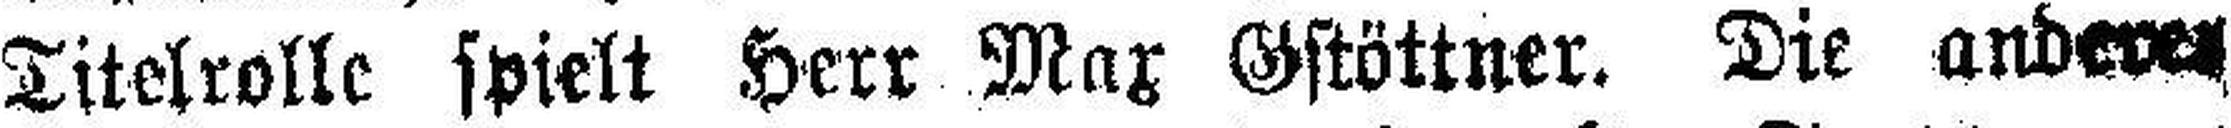
Titelrolle spielt Herr Max Gstöttner. Die anderes